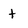
Character: t